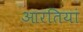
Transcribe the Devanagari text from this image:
आरतियां